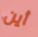
أين